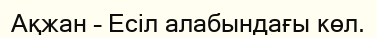
Ақжан – Есіл алабындағы көл.